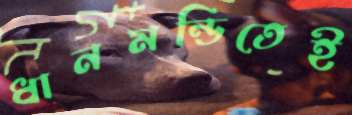
ধানমন্ডিতেই